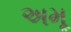
અમૂ